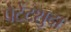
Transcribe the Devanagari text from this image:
पेटेंटशुदा